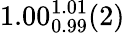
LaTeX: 1.00_{0.99}^{1.01}(2)